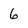
Character: 6